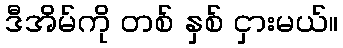
ဒီအိမ်ကို တစ် နှစ် ငှားမယ်။